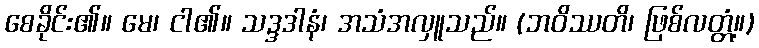
စေခိုင်း၏။ မေ၊ ငါ၏။ သဒ္ဒဒါနံ၊ အသံအလှူသည်။ (ဘဝိဿတိ၊ ဖြစ်လတ္တံ့။)